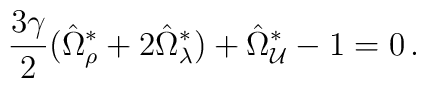
\frac{3\gamma}{2}(\hat{\Omega}^\ast_\rho+2\hat{\Omega}^\ast_\lambda)+\hat{\Omega}^\ast_{\cal U}-1=0\,.